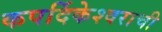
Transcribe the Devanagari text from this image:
कपर्दिकेश्वराची